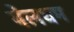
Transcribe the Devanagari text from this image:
येलधम